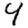
Digit: 4